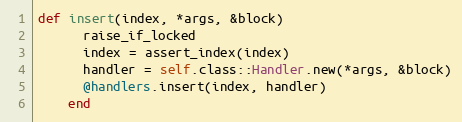
Language: Ruby
def insert(index, *args, &block)
      raise_if_locked
      index = assert_index(index)
      handler = self.class::Handler.new(*args, &block)
      @handlers.insert(index, handler)
    end